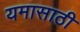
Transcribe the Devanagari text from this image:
यमासाठी